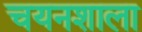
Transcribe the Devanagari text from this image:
चयनशाला